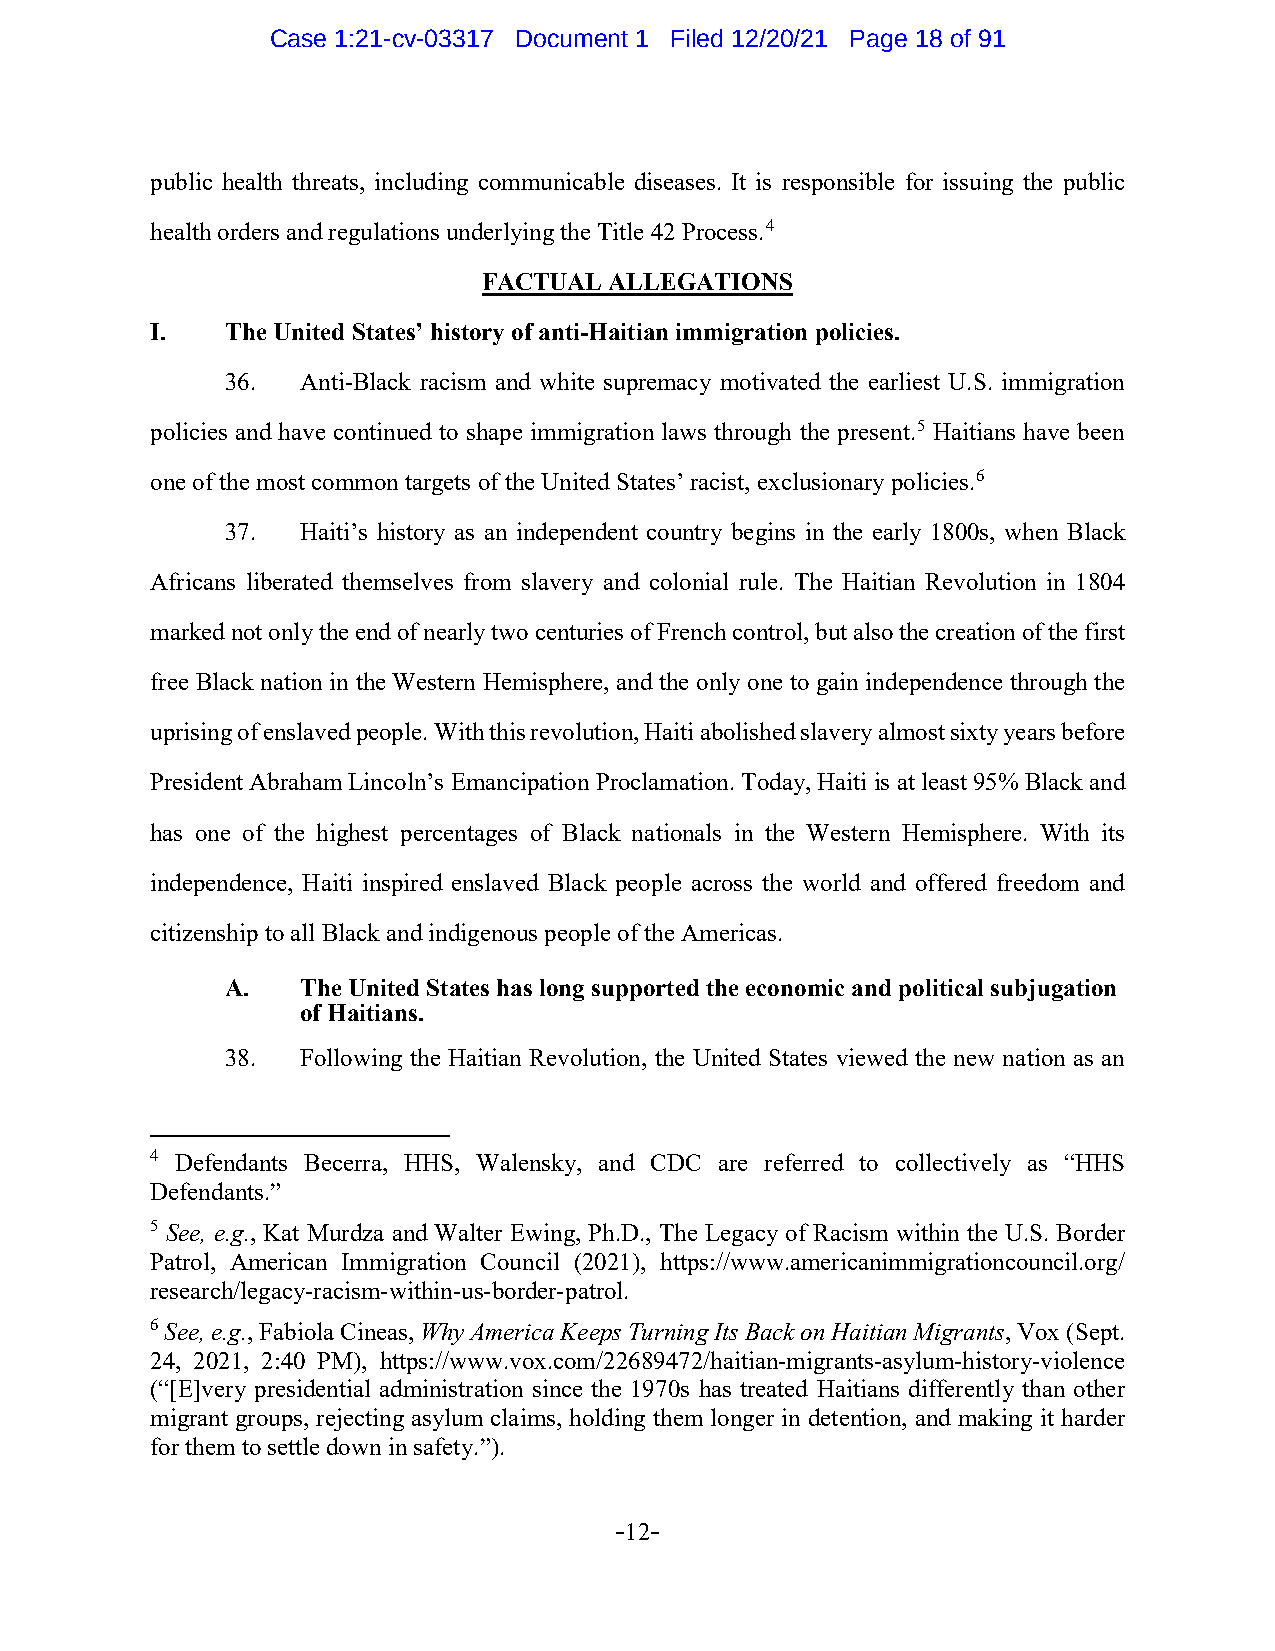
Case 1:21-cv-03317 Document 1 Filed 12/20/21 Page 18 of 91
 public health threats, including communicable diseases. It is responsible for issuing the public
 health orders and regulations underlying the Title 42 Process.4
 FACTUAL ALLEGATIONS
 I.   The United States’ history of anti-Haitian immigration policies.
 36.  Anti-Black racism and white supremacy motivated the earliest U.S. immigration
 policies and have continued to shape immigration laws through the present.5 Haitians have been
 one of the most common targets of the United States’ racist, exclusionary policies.6
 37.  Haiti’s history as an independent country begins in the early 1800s, when Black
 Africans liberated themselves from slavery and colonial rule. The Haitian Revolution in 1804
 marked not only the end of nearly two centuries of French control, but also the creation of the first
 free Black nation in the Western Hemisphere, and the only one to gain independence through the
 uprising of enslaved people. With this revolution, Haiti abolished slavery almost sixty years before
 President Abraham Lincoln’s Emancipation Proclamation. Today, Haiti is at least 95% Black and
 has one of the highest percentages of Black nationals in the Western Hemisphere. With its
 independence, Haiti inspired enslaved Black people across the world and offered freedom and
 citizenship to all Black and indigenous people of the Americas.
 A.   The United States has long supported the economic and political subjugation
 of Haitians.
 38.  Following the Haitian Revolution, the United States viewed the new nation as an
 4 Defendants Becerra, HHS, Walensky, and CDC are referred to collectively as “HHS
 Defendants.”
 5 See, e.g., Kat Murdza and Walter Ewing, Ph.D., The Legacy of Racism within the U.S. Border
 Patrol, American Immigration Council (2021), https://www.americanimmigrationcouncil.org/
 research/legacy-racism-within-us-border-patrol.
 6 See, e.g., Fabiola Cineas, Why America Keeps Turning Its Back on Haitian Migrants, Vox (Sept.
 24, 2021, 2:40 PM), https://www.vox.com/22689472/haitian-migrants-asylum-history-violence
 (“[E]very presidential administration since the 1970s has treated Haitians differently than other
 migrant groups, rejecting asylum claims, holding them longer in detention, and making it harder
 for them to settle down in safety.”).
 -12-